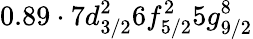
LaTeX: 0.89\cdot 7d_{3/2}^{2}6f_{5/2}^{2}5g_{9/2}^{8}